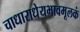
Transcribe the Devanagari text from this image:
चाधाराधेयभावमूलकं